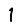
Digit: 1